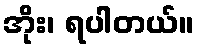
အိုး၊ ရပါတယ်။